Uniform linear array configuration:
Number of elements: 4
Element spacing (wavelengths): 1
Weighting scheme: kaiser
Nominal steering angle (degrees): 0
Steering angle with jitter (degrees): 0.1001
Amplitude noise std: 0.05
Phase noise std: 0.05

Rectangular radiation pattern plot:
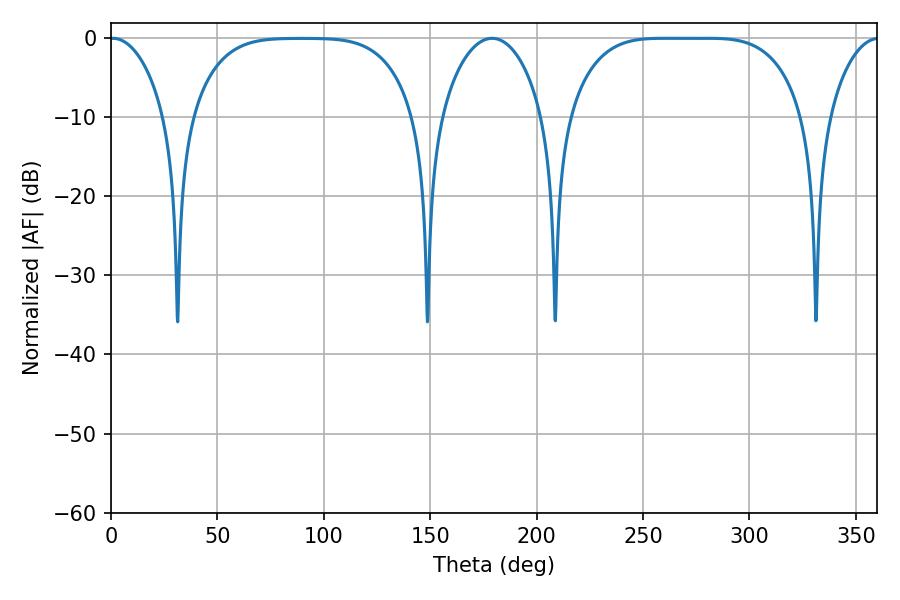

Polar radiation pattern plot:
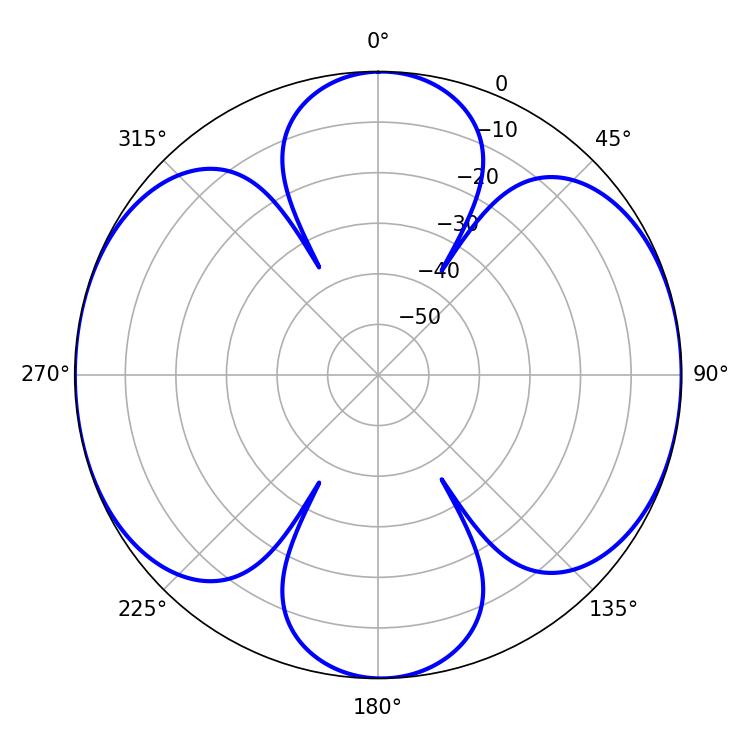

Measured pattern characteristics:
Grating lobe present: TRUE
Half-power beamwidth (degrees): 83.52
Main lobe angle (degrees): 259.74